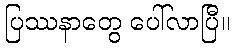
ပြဿနာတွေ ပေါ်လာပြီ။